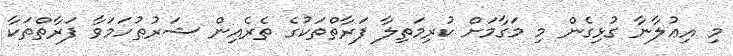
މި އިޢުލާނާ ގުޅިގެން މި މަގާމަށް ކުރިމަތިލާ ފަރާތްތަކުގެ ތެރެއިން ޝަރުޠުހަމަވާ ފަރާތްތަކާ